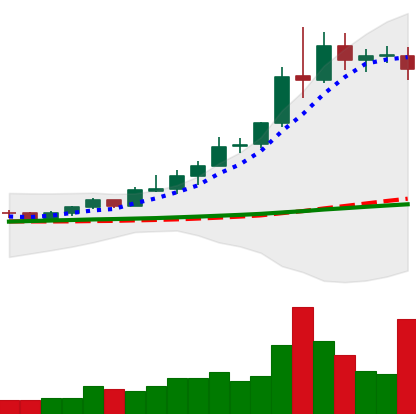
Ticker: XRP-USD
Chart end date: 2020-08-07
Forward return: -3.303%
Label: down_3_5